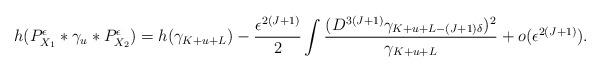
LaTeX: \begin{align*}h(P_{X_1}^{\epsilon}*\gamma_u*P_{X_2}^{\epsilon})=h(\gamma_{K+u+L})-\frac{\epsilon^{2(J+1)}}{2}\int\frac{(D^{3(J+1)}\gamma_{K+u+L-(J+1)\delta})^2}{\gamma_{K+u+L}}+o(\epsilon^{2(J+1)}).\end{align*}